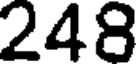
248